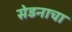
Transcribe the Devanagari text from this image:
सेडनाचा